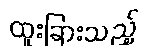
ထူးခြားသည့်